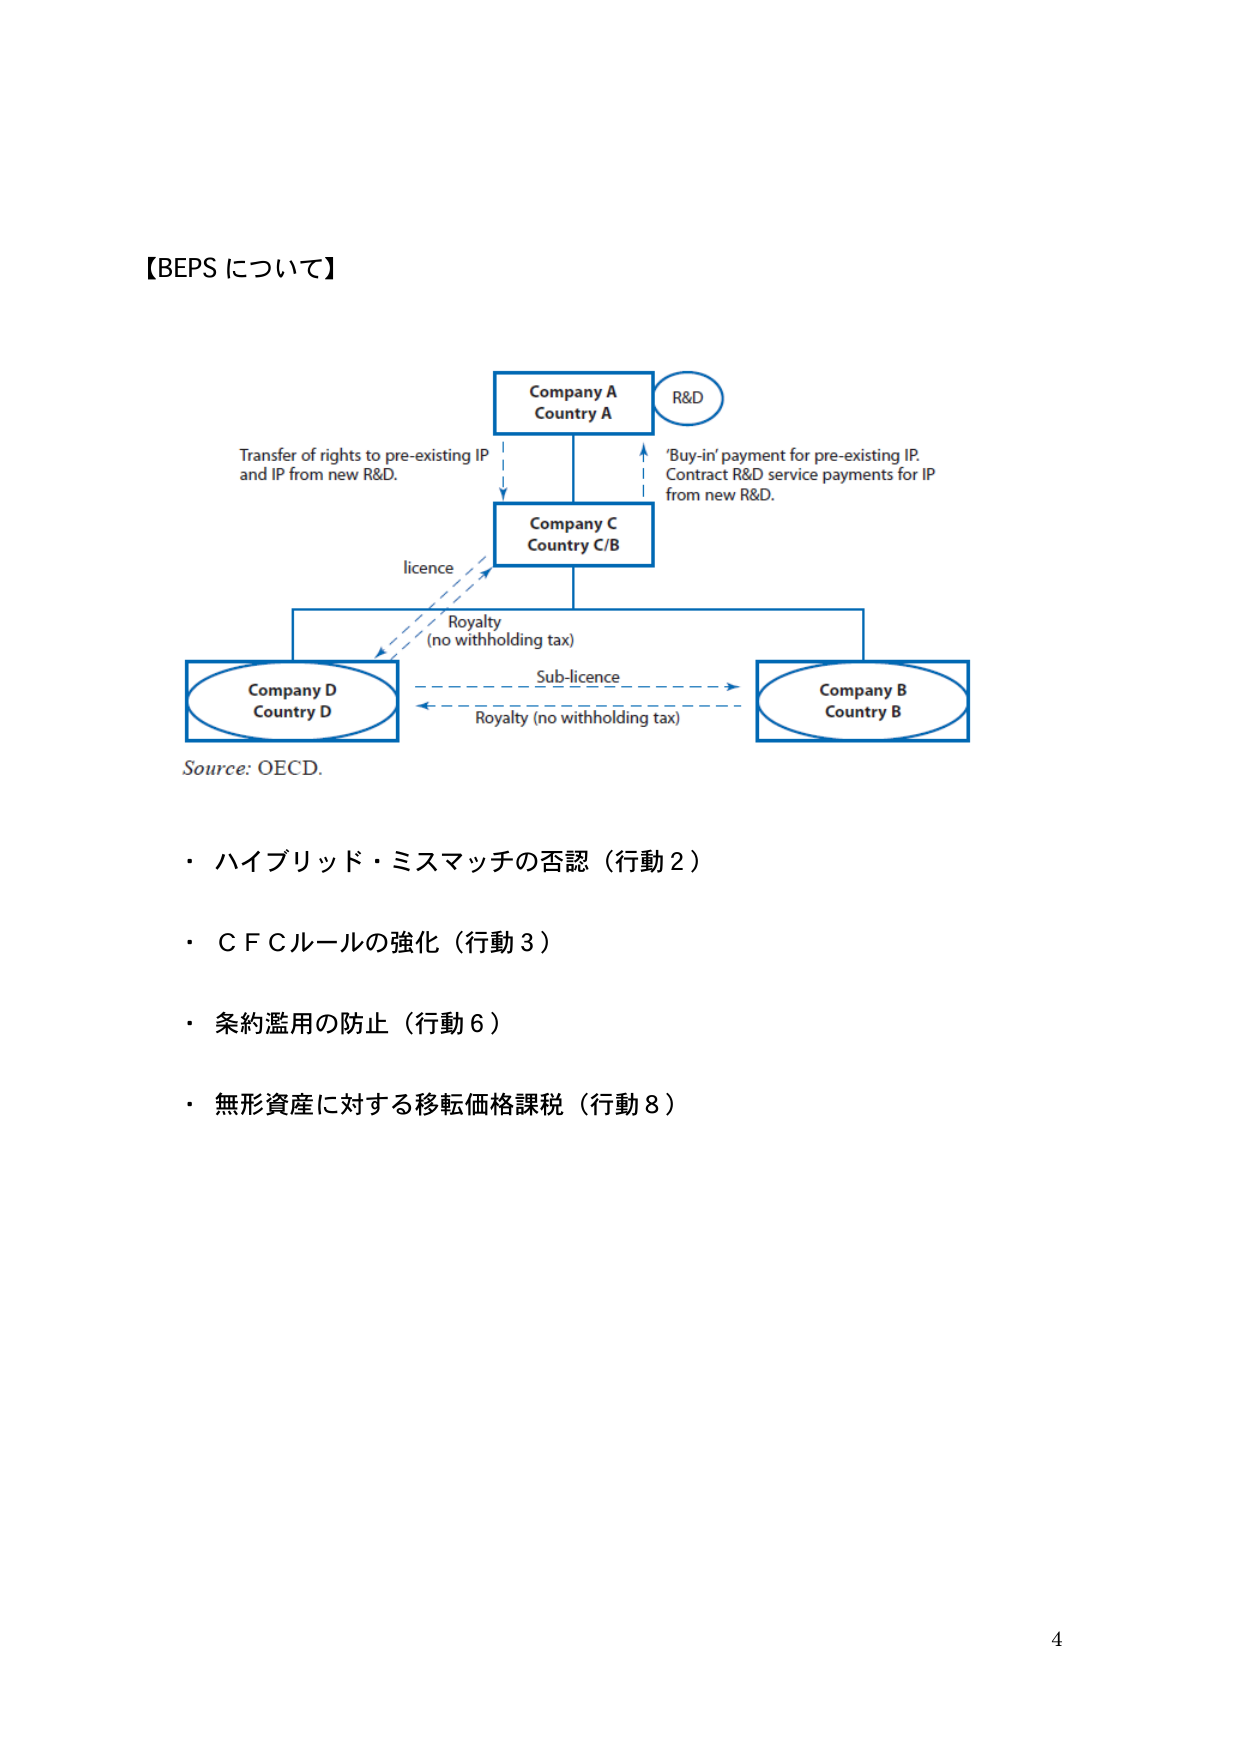
【BEPS について】

Company A
Country A
R&D

Transfer of rights to pre-existing IP
and IP from new R&D.

'Buy-in' payment for pre-existing IP.
Contract R&D service payments for IP
from new R&D.

Company C
Country C/B

licence

Royalty
(no withholding tax)

Sub-licence

Royalty (no withholding tax)

Company D
Country D

Company B
Country B

Source: OECD.

・ ハイブリッド・ミスマッチの否認（行動２）
・ C F Cルールの強化（行動３）
・ 条約濫用の防止（行動６）
・ 無形資産に対する移転価格課税（行動８）

4